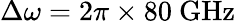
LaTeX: \Delta\omega=2\pi\times 80~\mathrm{GHz}